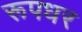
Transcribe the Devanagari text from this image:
रूपधर